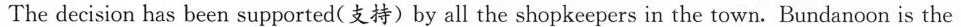
The decision has been supported(支持)by all the shopkeepers in the town. Bundanoon is the